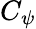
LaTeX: C_{\psi}